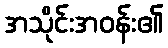
အသိုင်းအဝန်း၏